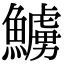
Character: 䲐